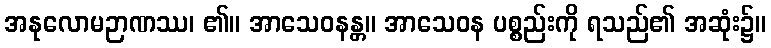
အနုလောမဉာဏဿ၊ ၏။ အာသေဝနန္တ။ အာသေဝန ပစ္စည်းကို ရသည်၏ အဆုံး၌။